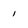
Character: 1